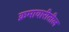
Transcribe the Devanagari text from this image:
क्रमावारीतील